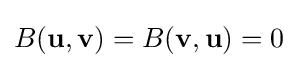
B(\mathbf {u} ,\mathbf {v} )=B(\mathbf {v} ,\mathbf {u} )=0